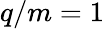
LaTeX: q/m=1